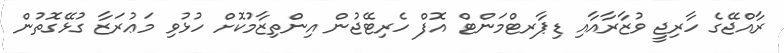
ރާއްޖޭގެ ހާރިޖީ ވުޒާރާއާއި ޑިޕާރޓްމަންޓް އޮފް ހެރިޓޭޖުން އިންތިޒާމުކޮށް ހުޅުވި މަޢުރަޒާ ގުޅޭގޮތުން